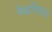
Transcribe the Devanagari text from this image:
नेथानियल